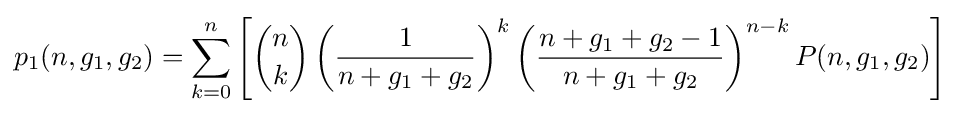
p_{1}(n,g_{1},g_{2})=\sum _{k=0}^{n}\left[{\binom {n}{k}}\left({\frac {1}{n+g_{1}+g_{2}}}\right)^{k}\left({\frac {n+g_{1}+g_{2}-1}{n+g_{1}+g_{2}}}\right)^{n-k}P(n,g_{1},g_{2})\right]